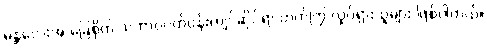
မန္တလေးအ ခြေစိုက် သဘာဝပတ်ဝန်းကျင်ဆိုင်ရာ တက်ကြွ လှုပ်ရှားသူများ ဖြစ်ပါတယ်။